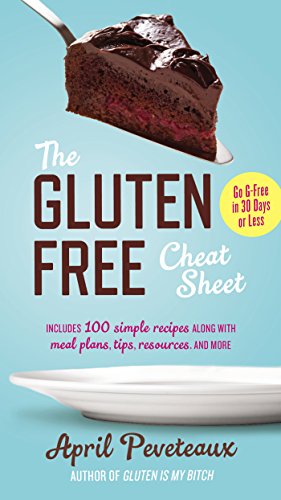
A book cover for The Gluten-Free Cheat Sheet: Go G-Free in 30 Days or Less; April Peveteaux; Health, Fitness & Dieting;